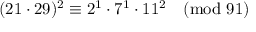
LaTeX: ( 2 1 \cdot 2 9 ) ^ { 2 } \equiv 2 ^ { 1 } \cdot 7 ^ { 1 } \cdot 1 1 ^ { 2 } { \pmod { 9 1 } }